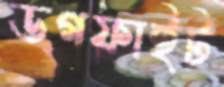
ডগফাইট